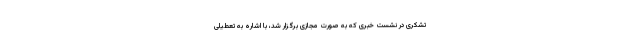
تشکری در نشست خبری که به صورت مجازی برگزار شد، با اشاره به تعطیلی